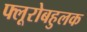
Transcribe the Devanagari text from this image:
फ्लूरोबहुलक